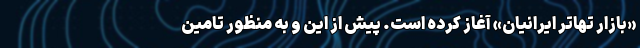
«بازار تهاتر ایرانیان» آغاز کرده است. پیش از این و به منظور تامین